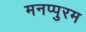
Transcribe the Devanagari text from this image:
मनप्पुरम